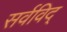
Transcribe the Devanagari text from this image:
सर्वविद्